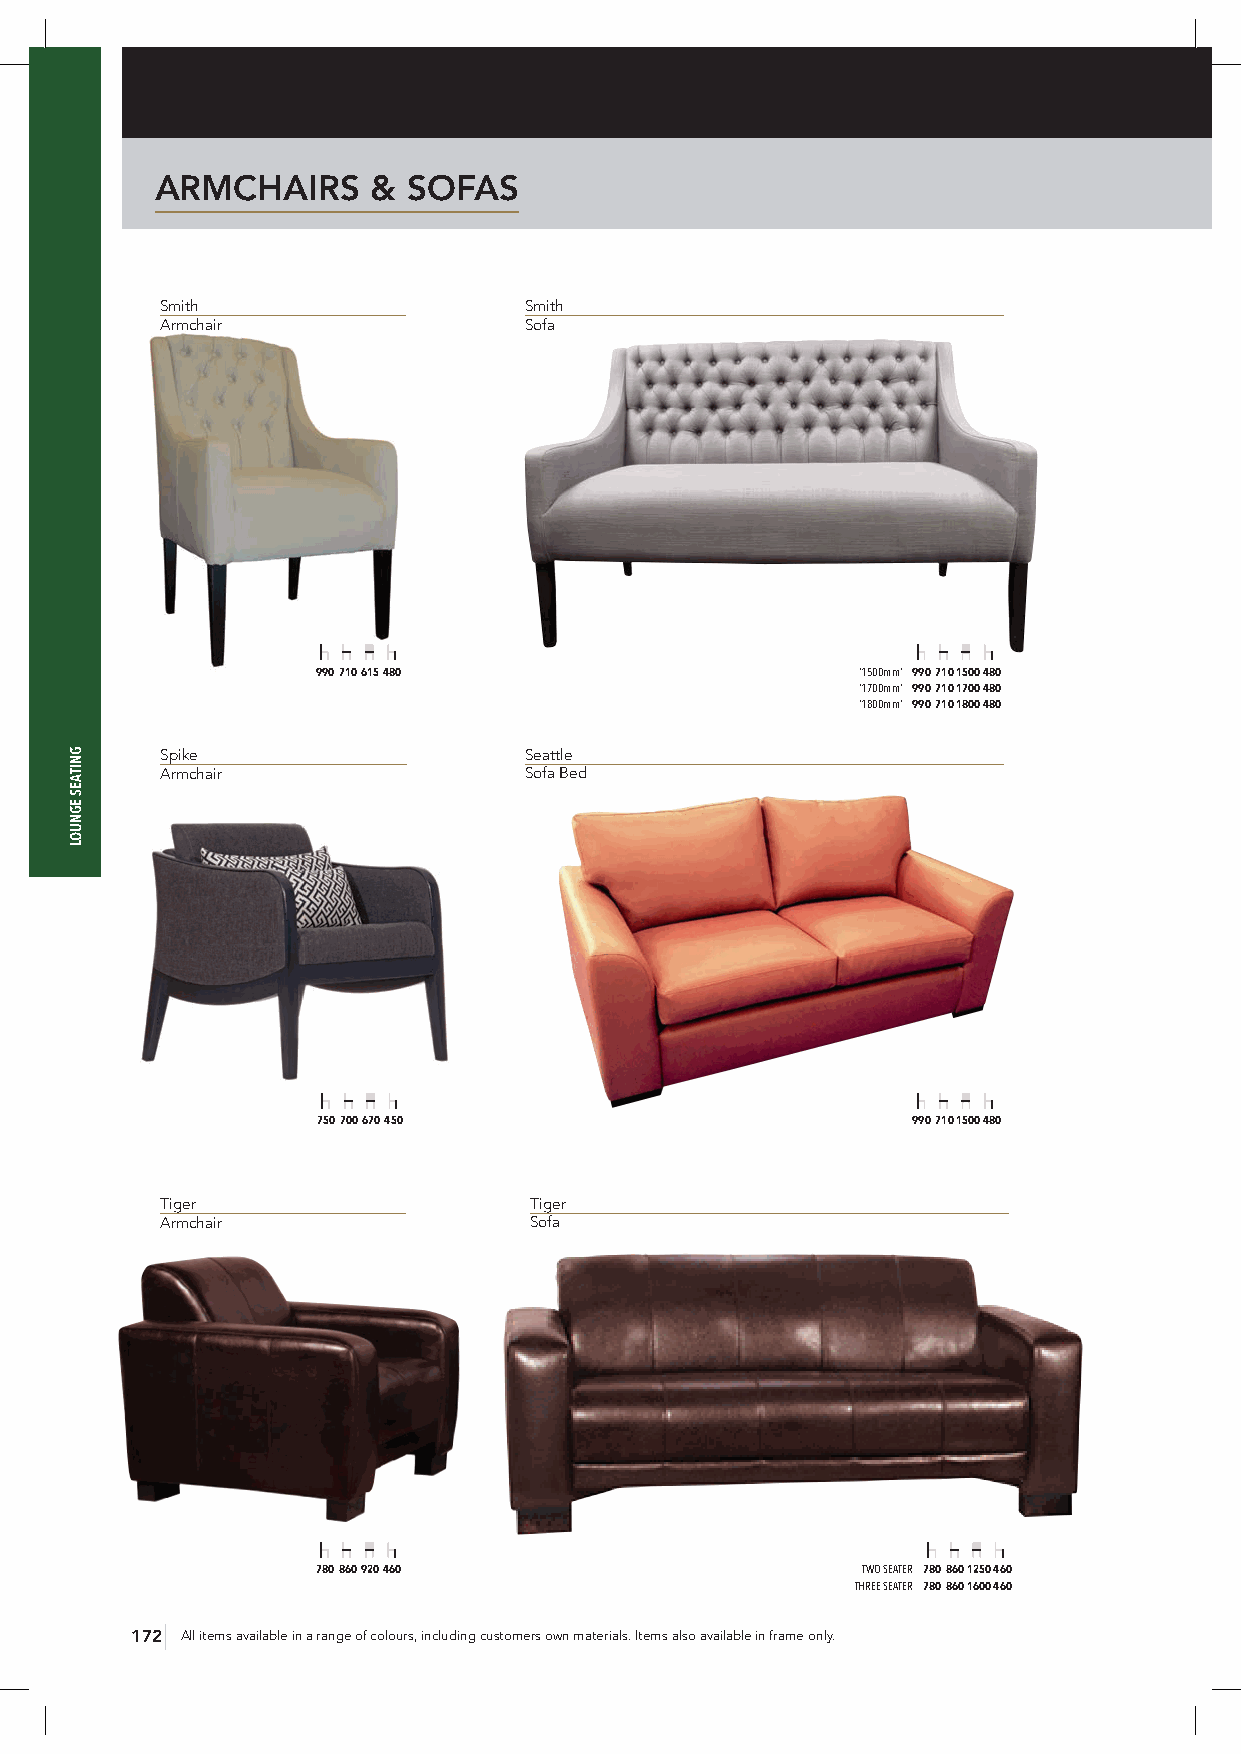
ARMCHAIRS      & SOFAS
 Smith                   Smith
 Armchair                Sofa
 990 710 615 480                     ‘1500mm’ 990 710 1500 480
 ‘1700mm’ 990 710 1700 480
 ‘1800mm’ 990 710 1800 480
 Spike                   Seattle
 Armchair                Sofa Bed
 750 700 670 450                        990 710 1500 480
 Tiger                   Tiger
 Armchair                Sofa
 780 860 920 460                     TWO SEATER 780 860 1250 460
 THREE SEATER 780 860 1600 460
 172 All items available in a range of colours, including customers own materials. Items also available in frame only.
 GNITAES
 EGNUOL